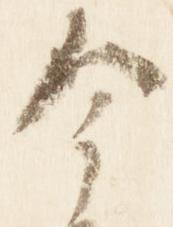
今